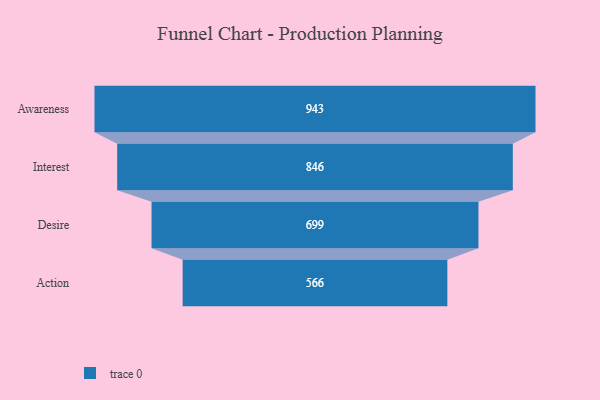
{"axis": {"x": "Stage", "y": "Value"}, "legend": [""], "data": [{"x": "Awareness", "y": 943.0, "type": ""}, {"x": "Interest", "y": 846.0, "type": ""}, {"x": "Desire", "y": 699.0, "type": ""}, {"x": "Action", "y": 566.0, "type": ""}]}